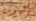
المدنية